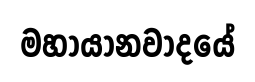
මහායානවාදයේ